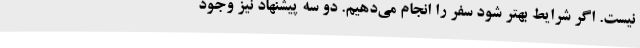
نیست. اگر شرایط بهتر شود سفر را انجام می‌دهیم. دو سه پیشنهاد نیز وجود